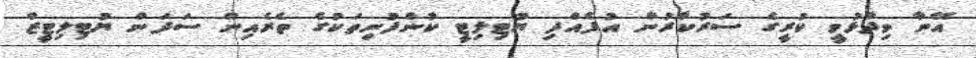
އޭނާ ވިދާޅުވީ ކުރީގެ ސަރުކާރުން އުފެއްދި ޔުޓިލިޓީ ކުންފުނިތަކުގެ ތެރެއިން ސަދަން ޔުޓިލިޓީޒް